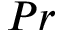
P r